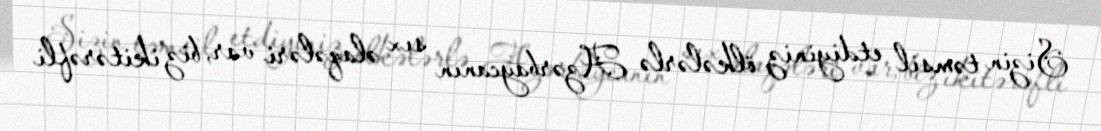
Sizin təmsil etdiyiniz ölkələrlə Azərbaycanın sıx əlaqələri var, biz ikitərəfli